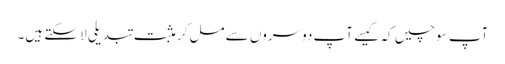
آپ سوچیں کہ کیسے آپ دوسروں سے مل کر مثبت تبدیلی لا سکتے ہیں۔